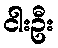
ငါးဦး